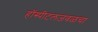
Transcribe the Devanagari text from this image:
हॉस्पीटलजवळचा